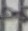
Text: 8